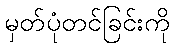
မှတ်ပုံတင်ခြင်းကို